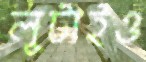
লুটাইও